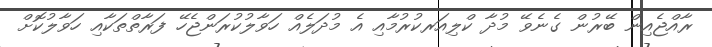
ރާއްޖެއިން ބޭރުން ގެނެވޭ މުދާ ކްލިއަރކުރުމާއި އެ މުދަލެއް ހަވާލުކުރަންޖެހޭ ފަރާތްތަކާއި ހަވާލުކޮށް